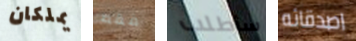
يملكان فقط سأطلب اصدقائه